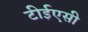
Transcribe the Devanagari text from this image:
टीईएसी